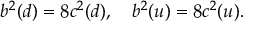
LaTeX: b ^ { 2 } ( d ) = 8 c ^ { 2 } ( d ) , \quad b ^ { 2 } ( u ) = 8 c ^ { 2 } ( u ) .